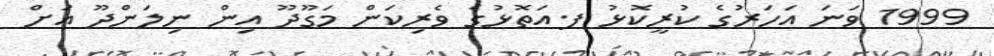
1999 ވަނަ އަހަރުގެ ކުރީކޮޅު ފ.އަތޮޅުގެ ވެރިކަން މަގޫދޫ އިން ނިލަންދޫ އަށް